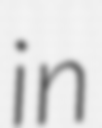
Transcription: in